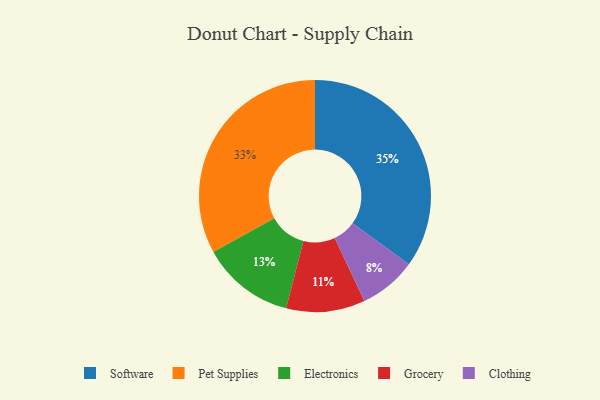
{"axis": {"x": "Category", "y": "Percentage"}, "legend": ["Clothing", "Electronics", "Grocery", "Pet Supplies", "Software"], "data": [{"x": "Electronics", "y": 13, "type": "Electronics"}, {"x": "Grocery", "y": 11, "type": "Grocery"}, {"x": "Pet Supplies", "y": 33, "type": "Pet Supplies"}, {"x": "Software", "y": 35, "type": "Software"}, {"x": "Clothing", "y": 8, "type": "Clothing"}]}